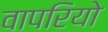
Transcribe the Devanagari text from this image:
वापरियो